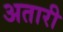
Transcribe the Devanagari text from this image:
अतारी